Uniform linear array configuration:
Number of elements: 4
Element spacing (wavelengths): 1
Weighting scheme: binomial
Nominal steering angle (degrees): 0
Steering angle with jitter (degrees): -0.07419
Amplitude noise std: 0.05
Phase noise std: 0.05

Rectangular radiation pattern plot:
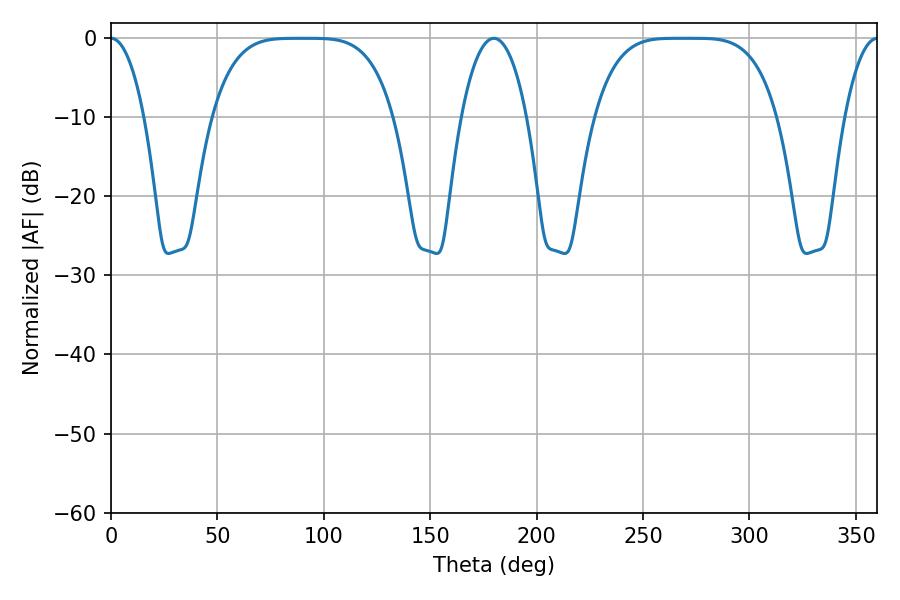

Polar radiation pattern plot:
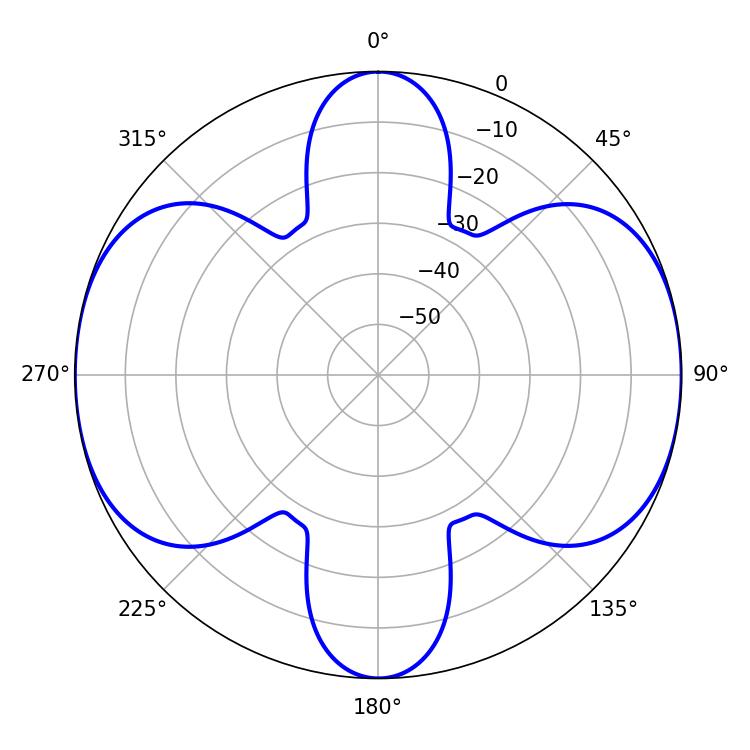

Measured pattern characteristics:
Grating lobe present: TRUE
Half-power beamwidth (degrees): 64.08
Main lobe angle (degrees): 273.06